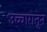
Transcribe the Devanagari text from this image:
उच्चारातून